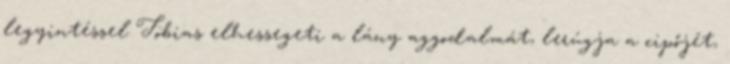
legyintéssel Tobias elhessegeti a lány aggodalmát, lerúgja a cipőjét,